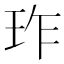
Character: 𬍚